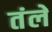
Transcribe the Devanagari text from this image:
तंले